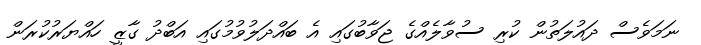
ނަމަވެސް ދައުލަތުން ކުރި ސުވާލެއްގެ ޖަވާބުގައި އެ ބައްދަލުވުމުގައި އަބްދު ގާޒީ ހައްޔަރުކުރަން